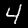
Digit: 4